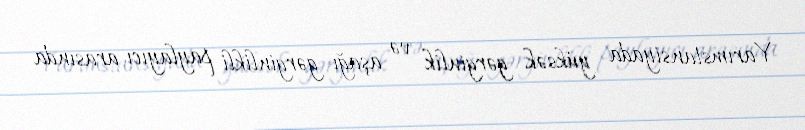
Yarımstansiyada yüksək gərginlik və aşağı gərginlikli paylayıcı arasında